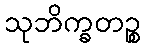
သုဘိက္ခတဉ္စ